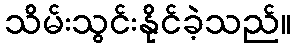
သိမ်းသွင်းနိုင်ခဲ့သည်။